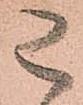
已